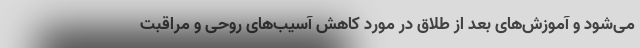
می‌شود و آموزش‌های بعد از طلاق در مورد کاهش آسیب‌های روحی و مراقبت